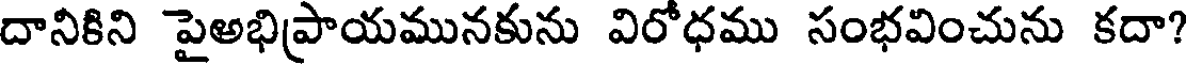
దానికిని పైఅభిప్రాయమునకును విరోధము సంభవించును కదా?